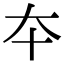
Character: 夲